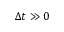
\Delta t \gg 0